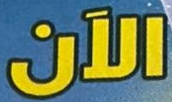
الآن